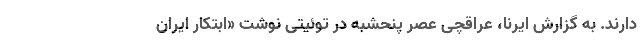
دارند. به گزارش ایرنا، عراقچی عصر پنحشبه در توئیتی نوشت «ابتکار ایران